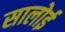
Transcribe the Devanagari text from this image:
सालोई